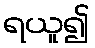
ရယူ၍